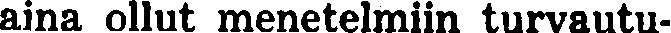
aina ollut menetelmiin turvautu-